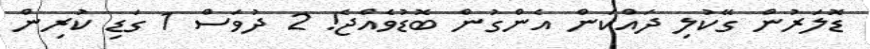
ޑޮލަރުން ގޭކުލި ދައްކަން އެންގުން ބޮޑުވެއްޖެ! 2 ދުވަސް 1 ގަޑި ކުރިން